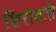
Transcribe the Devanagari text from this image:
शिरावती